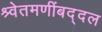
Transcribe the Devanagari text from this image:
श्र्वेतमणींबद्दल